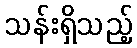
သန်းရှိသည့်